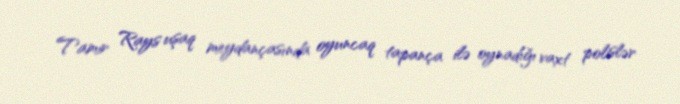
Tamir Rays uşaq meydançasında oyuncaq tapança ilə oynadığı vaxt polislər